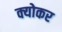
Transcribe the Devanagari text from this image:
क्योकर